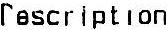
DESCRIPTION